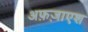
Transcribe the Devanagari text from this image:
अफ़ज़ाएश